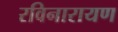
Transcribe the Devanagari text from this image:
रविनारायण